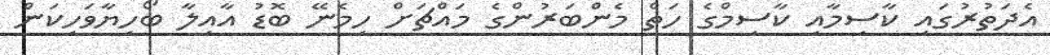
އެދަތުރުގައި ކާސިމާއި ކާސިމްގެ ހަތް މެންބަރުންގެ މައްޗަށް ހިމެނޭ ބޮޑު އާއިލާ ބޯހިޔާވަހިކަން